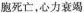
胞死亡，心力衰竭